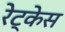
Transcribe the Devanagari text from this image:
रेट्केस